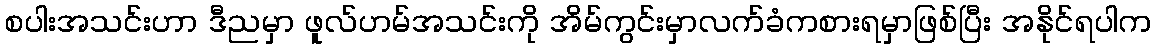
စပါးအသင်းဟာ ဒီညမှာ ဖူလ်ဟမ်အသင်းကို အိမ်ကွင်းမှာလက်ခံကစားရမှာဖြစ်ပြီး အနိုင်ရပါက